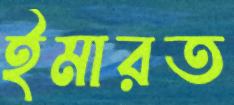
ইমারত